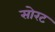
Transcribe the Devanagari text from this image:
सोरट